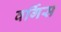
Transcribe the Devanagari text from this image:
वर्गिस